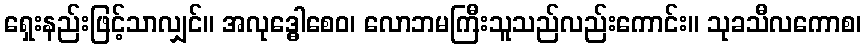
ရှေးနည်းဖြင့်သာလျှင်။ အလုဒ္ဓေါစေဝ၊ လောဘမကြီးသူသည်လည်းကောင်း။ သုခသီလကောစ၊